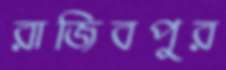
রাজিবপুর